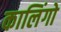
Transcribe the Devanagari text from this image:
कालिंगो